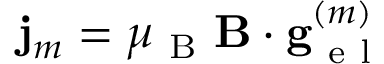
\mathbf { j } _ { m } = \mu _ { \mathrm { ~ B ~ } } \mathbf { B } \cdot \mathbf { g } _ { \mathrm { ~ e ~ l ~ } } ^ { ( m ) }